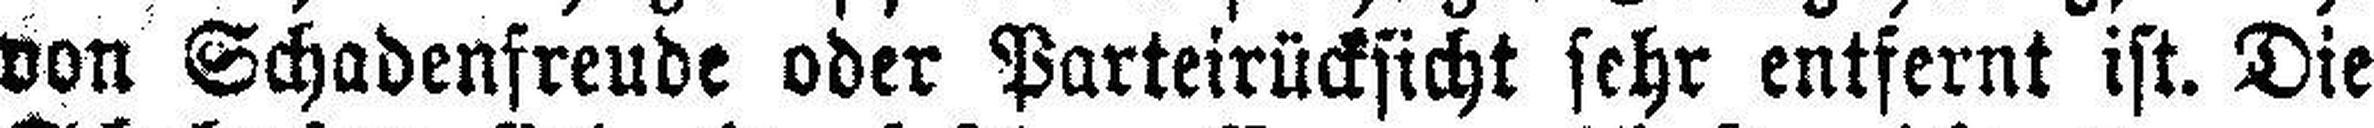
von Schadenfreude oder Parteirücksicht sehr entfernt ist. Die